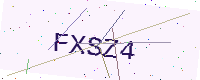
Text: FXSZ4